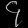
Digit: ၄